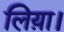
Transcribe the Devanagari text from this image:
लिय़ा।